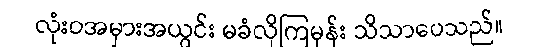
လုံးဝအမှားအယွင်း မခံလိုကြမှန်း သိသာပေသည်။